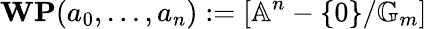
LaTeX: {\textbf{WP}}(a_{0},\ldots,a_{n}):=[\mathbb{A}^{n}-\{ 0\} /\mathbb{G}_{m}]